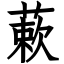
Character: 蔌